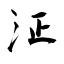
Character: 泟